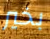
بخير